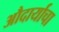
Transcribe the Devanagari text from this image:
औदार्याचा